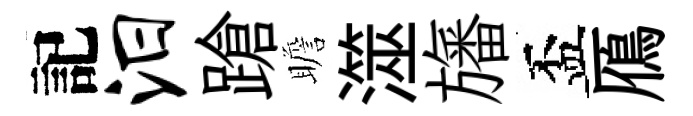
記汨蹌瞻澨旛盃鴈